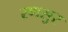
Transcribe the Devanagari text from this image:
रणसुर